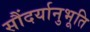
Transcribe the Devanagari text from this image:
सौंदर्यानुभूति